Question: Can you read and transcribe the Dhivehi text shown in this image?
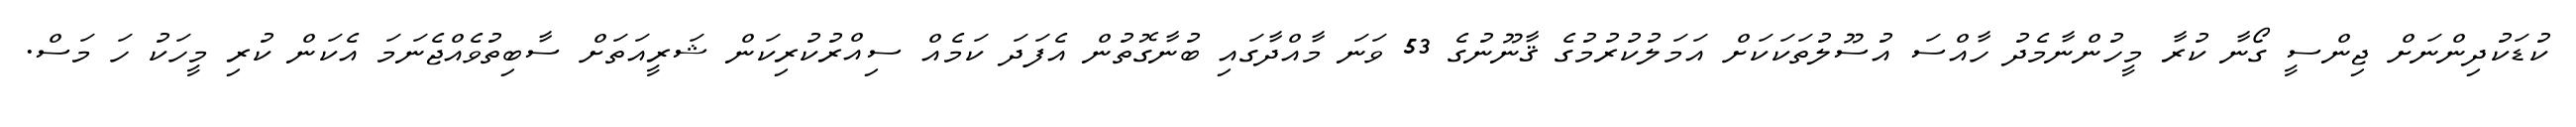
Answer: ކުޑަކުދިންނަށް ޖިންސީ ގޯނާ ކުރާ މީހުންނާމެދު ހާއްސަ އުސޫލުތަކަކަށް އަމަލުކުރުމުގެ ޤާނޫނުގެ 53 ވަނަ މާއްދާގައި ބުނާގޮތުން އެފަދަ ކަމެއް ސިއްރުކުރިކަން ޝަރީއަތަށް ސާބިތުވެއްޖެނަމަ އެކަން ކުރި މީހަކު ހަ މަސް.